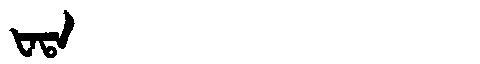
Manchu: ᡶᠠᡨᠠ
Romanization: FATA